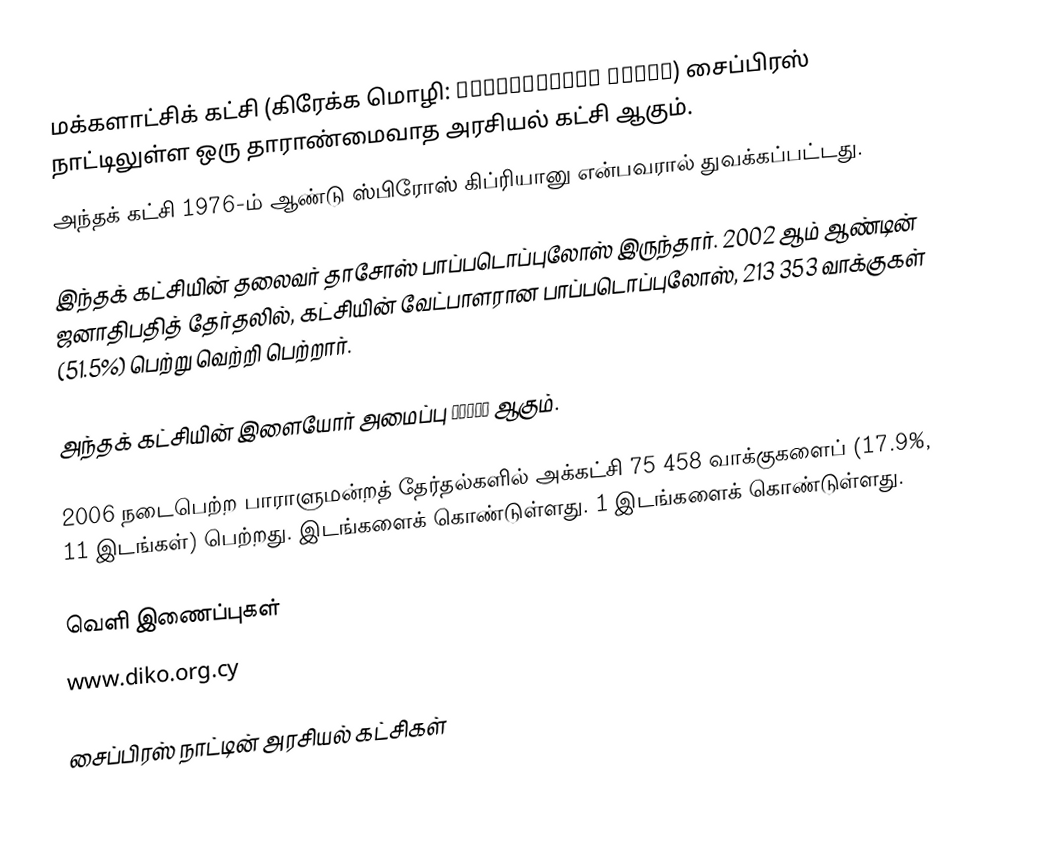
மக்களாட்சிக் கட்சி (கிரேக்க மொழி: Δημοκρατικό Κόμμα) சைப்பிரஸ் நாட்டிலுள்ள ஒரு தாராண்மைவாத அரசியல் கட்சி ஆகும்.
அந்தக் கட்சி 1976-ம் ஆண்டு ஸ்பிரோஸ் கிப்ரியானு என்பவரால் துவக்கப்பட்டது.

இந்தக் கட்சியின் தலைவர் தாசோஸ் பாப்படொப்புலோஸ் இருந்தார். 2002 ஆம் ஆண்டின் ஜனாதிபதித் தேர்தலில், கட்சியின் வேட்பாளரான பாப்படொப்புலோஸ், 213 353 வாக்குகள் (51.5%) பெற்று வெற்றி பெற்றார்.

அந்தக் கட்சியின் இளையோர் அமைப்பு ΝΕΔΗΚ ஆகும்.

2006 நடைபெற்ற பாராளுமன்றத் தேர்தல்களில் அக்கட்சி 75 458 வாக்குகளைப் (17.9%, 11 இடங்கள்) பெற்றது. இடங்களைக் கொண்டுள்ளது. 1 இடங்களைக் கொண்டுள்ளது.

வெளி இணைப்புகள்
 www.diko.org.cy

சைப்பிரஸ் நாட்டின் அரசியல் கட்சிகள்